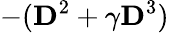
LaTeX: -(\mathbf{D}^{2}+\gamma\mathbf{D}^{3})